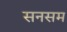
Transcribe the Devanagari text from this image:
सनसम